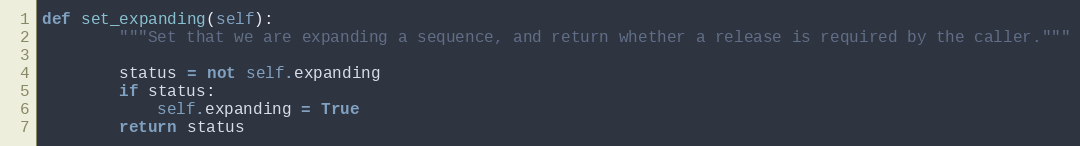
Language: Python
def set_expanding(self):
        """Set that we are expanding a sequence, and return whether a release is required by the caller."""

        status = not self.expanding
        if status:
            self.expanding = True
        return status